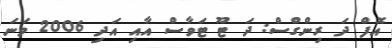
އޮފް ދަ ރިންގްސް: ދަ ޓޫ ޓަވާސް އާއި އަދި 2006 ވަނަ